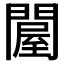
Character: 𨵱